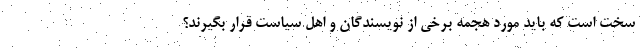
سخت است که باید مورد هجمه برخی از نویسندگان و اهل سیاست قرار بگیرند؟